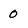
Character: 0